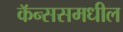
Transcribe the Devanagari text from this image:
कॅन्ससमधील